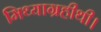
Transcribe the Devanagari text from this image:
मिथ्याग्रहीथी।